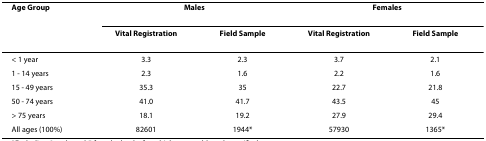
<table><thead><tr><td><b>Age Group</b></td><td colspan="2"><b>Males</b></td><td colspan="2"><b>Females</b></td></tr><tr><td></td><td><b>Vital Registration</b></td><td><b>Field Sample</b></td><td><b>Vital Registration</b></td><td><b>Field Sample</b></td></tr></thead><tbody><tr><td>&lt; 1 year</td><td>3.3</td><td>2.3</td><td>3.7</td><td>2.1</td></tr><tr><td>1 - 14 years</td><td>2.3</td><td>1.6</td><td>2.2</td><td>1.6</td></tr><tr><td>15 - 49 years</td><td>35.3</td><td>35</td><td>22.7</td><td>21.8</td></tr><tr><td>50 - 74 years</td><td>41.0</td><td>41.7</td><td>43.5</td><td>45</td></tr><tr><td>&gt; 75 years</td><td>18.1</td><td>19.2</td><td>27.9</td><td>29.4</td></tr><tr><td>All ages (100%)</td><td>82601</td><td>1944*</td><td>57930</td><td>1365*</td></tr></tbody></table>